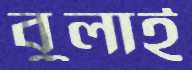
বুলাই